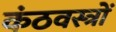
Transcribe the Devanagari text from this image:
कंठवस्त्रों